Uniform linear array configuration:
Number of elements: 8
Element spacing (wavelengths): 0.5
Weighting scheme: kaiser
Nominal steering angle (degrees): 60
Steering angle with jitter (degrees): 58.382
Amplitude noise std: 0.05
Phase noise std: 0.05

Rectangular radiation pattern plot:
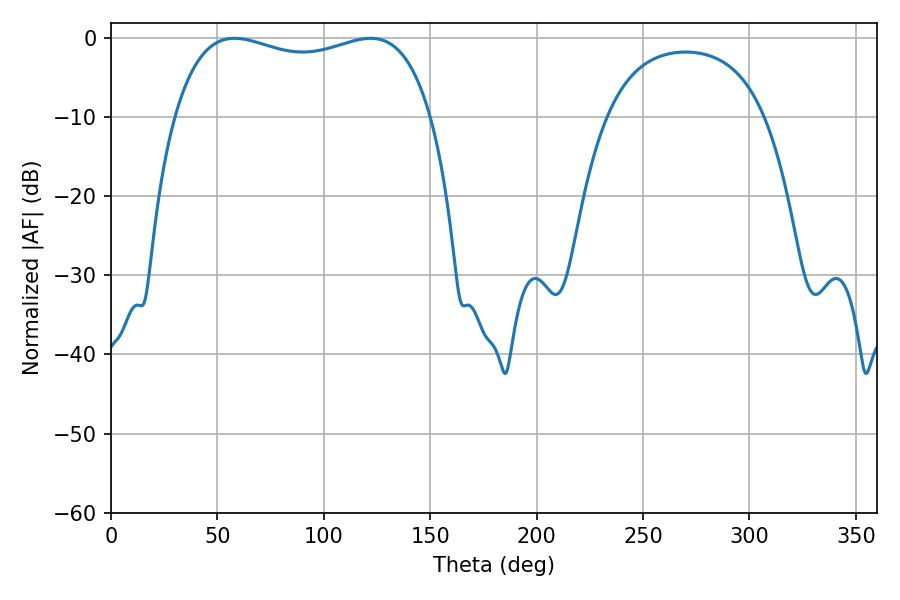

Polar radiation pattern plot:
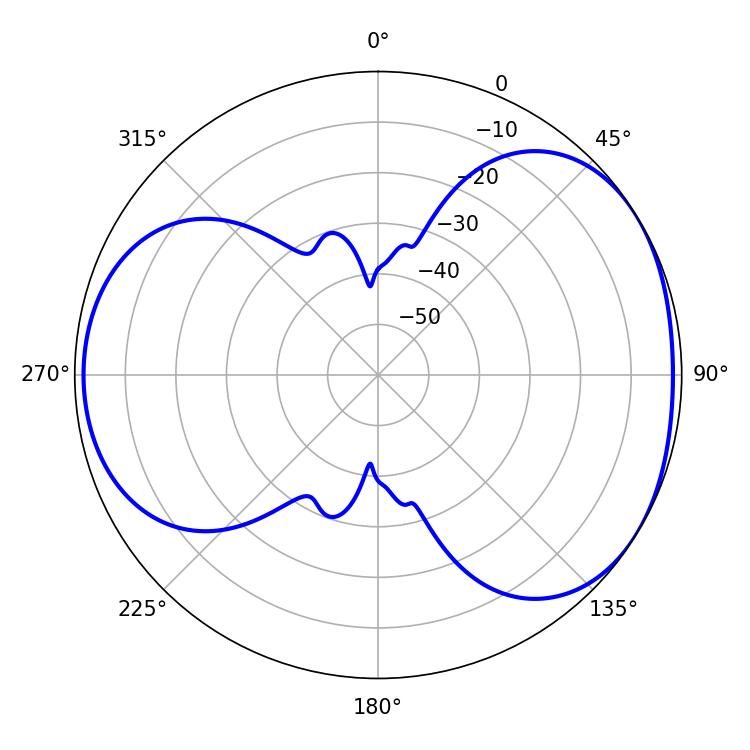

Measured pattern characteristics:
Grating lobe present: FALSE
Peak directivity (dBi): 4.271
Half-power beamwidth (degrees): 98.64
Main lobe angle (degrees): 57.96